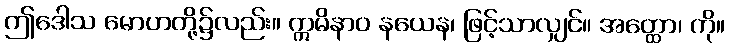
ဤဒေါသ မောဟတို့၌လည်း။ ဣမိနာဝ နယေန၊ ဖြင့်သာလျှင်။ အတ္ထော၊ ကို။